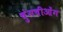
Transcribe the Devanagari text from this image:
चुंगचीओंग